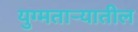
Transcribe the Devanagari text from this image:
युग्मताऱ्यातील